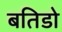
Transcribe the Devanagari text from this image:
बतिडो